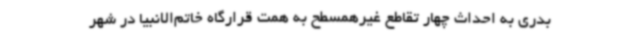
بدری به احداث چهار تقاطع غیرهمسطح به همت قرارگاه خاتم‌الانبیا در شهر